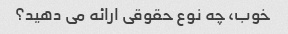
خوب، چه نوع حقوقی ارائه می دهید؟